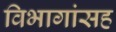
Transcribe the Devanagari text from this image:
विभागांसह